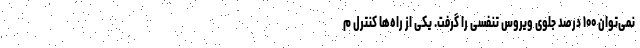
نمی‌توان ۱۰۰ درصد جلوی ویروس تنفسی را گرفت. یکی از راه‌ها کنترل م